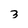
Character: 3